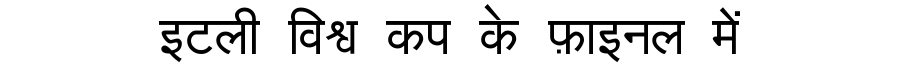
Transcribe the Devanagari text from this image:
इटली विश्व कप के फ़ाइनल में